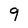
Character: 9